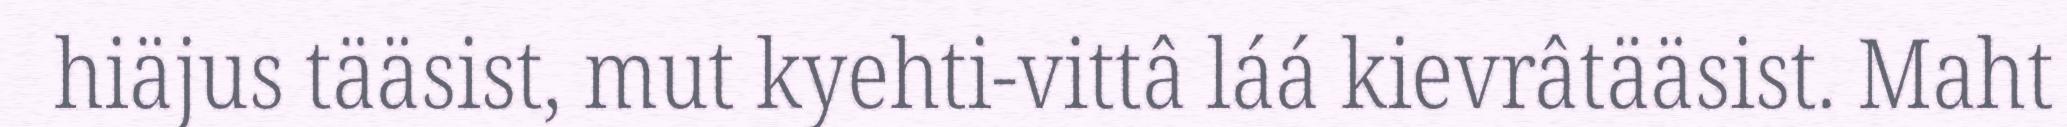
hiäjus tääsist, mut kyehti-vittâ láá kievrâtääsist. Maht